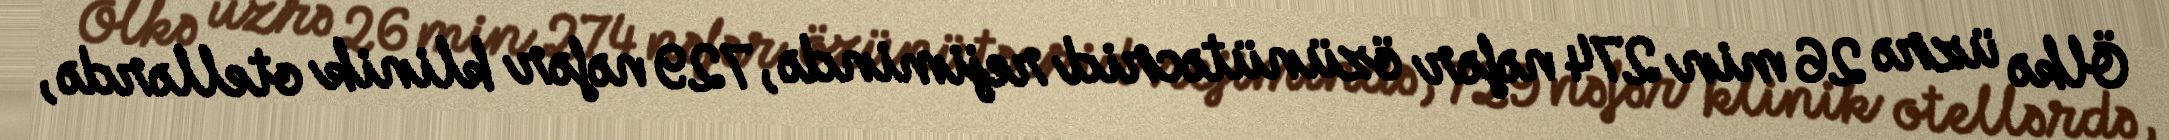
Ölkə üzrə 26 min 274 nəfər özünütəcrid rejimində, 729 nəfər klinik otellərdə,